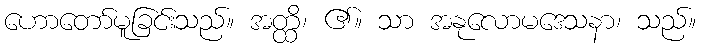
ဟောတော်မူခြင်းသည်။ အတ္ထိ၊ ၏။ သာ အနုလောမဒေသနာ၊ သည်။